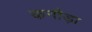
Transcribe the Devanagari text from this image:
कनौड़ा